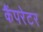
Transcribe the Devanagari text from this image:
कैंपरेटर